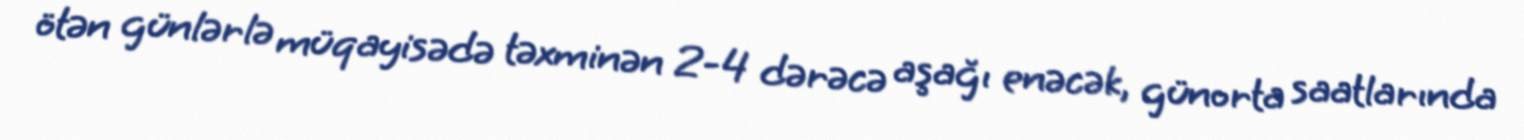
ötən günlərlə müqayisədə təxminən 2-4 dərəcə aşağı enəcək, günorta saatlarında